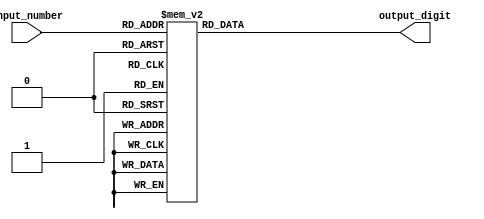
module priority_encoder (
    input [3:0] input_number,
    output reg [2:0] output_digit
);

always @(*) begin
    case(input_number)
        4'b0000: output_digit = 3'b000; // 0
        4'b0001: output_digit = 3'b001; // 1
        4'b0010: output_digit = 3'b010; // 2
        4'b0011: output_digit = 3'b011; // 3
        4'b0100: output_digit = 3'b100; // 4
        4'b0101: output_digit = 3'b101; // 5
        4'b0110: output_digit = 3'b110; // 6
        4'b0111: output_digit = 3'b111; // 7
        4'b1000: output_digit = 3'b111; // 8
        4'b1001: output_digit = 3'b111; // 9
        default: output_digit = 3'b000; // default case (should not happen)
    endcase
end

endmodule